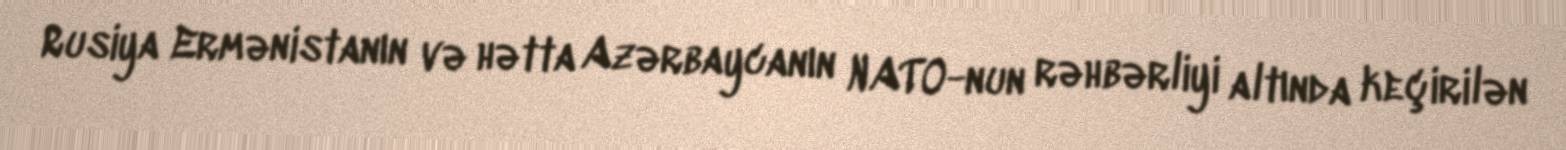
Rusiya Ermənistanın və hətta Azərbaycanın NATO-nun rəhbərliyi altında keçirilən